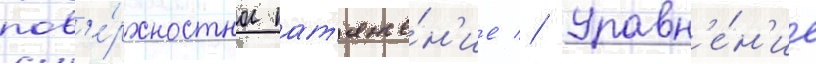
пов'е́рхностное нат'яже́н'ие // Уравн'е́н'ие